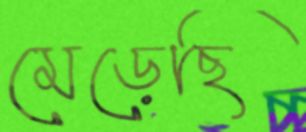
মেড়েছি